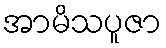
အာမိသပူဇာ